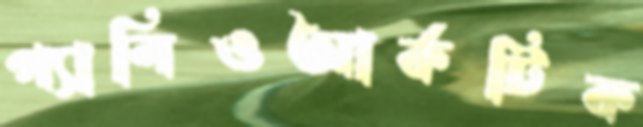
প্যালিওআর্কটিক